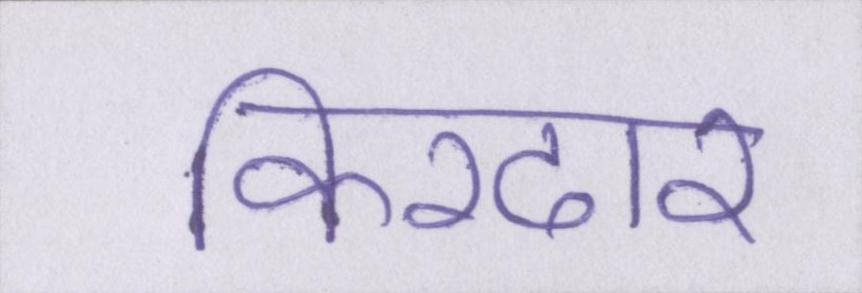
किरदार